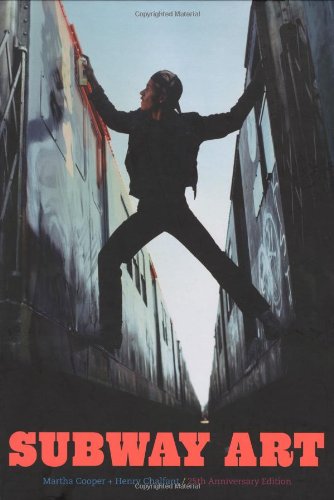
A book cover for Subway Art: 25th Anniversary Edition; Martha Cooper; Arts & Photography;